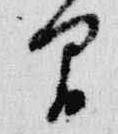
間